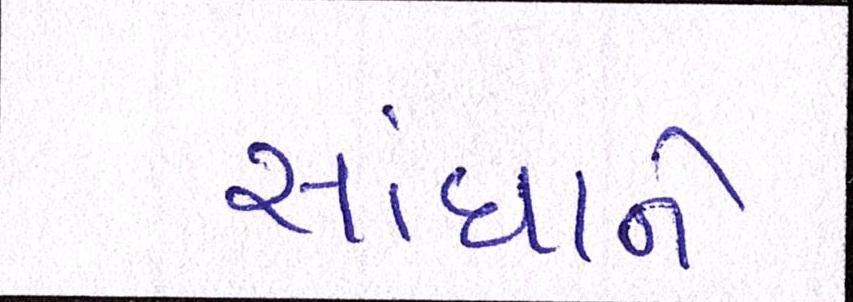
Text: સાંધાને